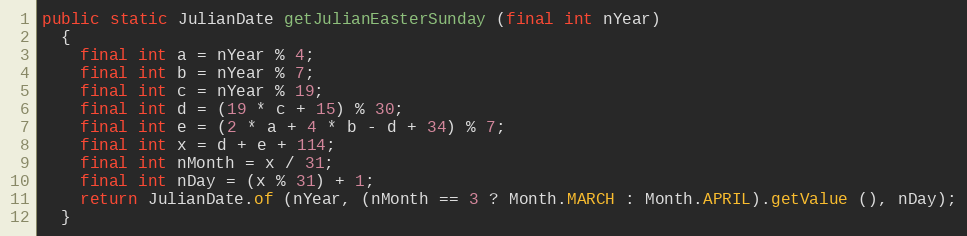
Language: Java
public static JulianDate getJulianEasterSunday (final int nYear)
  {
    final int a = nYear % 4;
    final int b = nYear % 7;
    final int c = nYear % 19;
    final int d = (19 * c + 15) % 30;
    final int e = (2 * a + 4 * b - d + 34) % 7;
    final int x = d + e + 114;
    final int nMonth = x / 31;
    final int nDay = (x % 31) + 1;
    return JulianDate.of (nYear, (nMonth == 3 ? Month.MARCH : Month.APRIL).getValue (), nDay);
  }